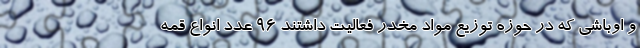
و اوباشی که در حوزه توزیع مواد مخدر فعالیت داشتند ۹۶ عدد انواع قمه